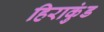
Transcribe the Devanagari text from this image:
हिराकुंड